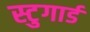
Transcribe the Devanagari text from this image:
स्टुगार्ड